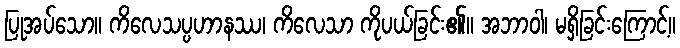
ပြုအပ်သော။ ကိလေသပ္ပဟာနဿ၊ ကိလေသာ ကိုပယ်ခြင်း၏။ အဘာဝါ၊ မရှိခြင်းကြောင့်။